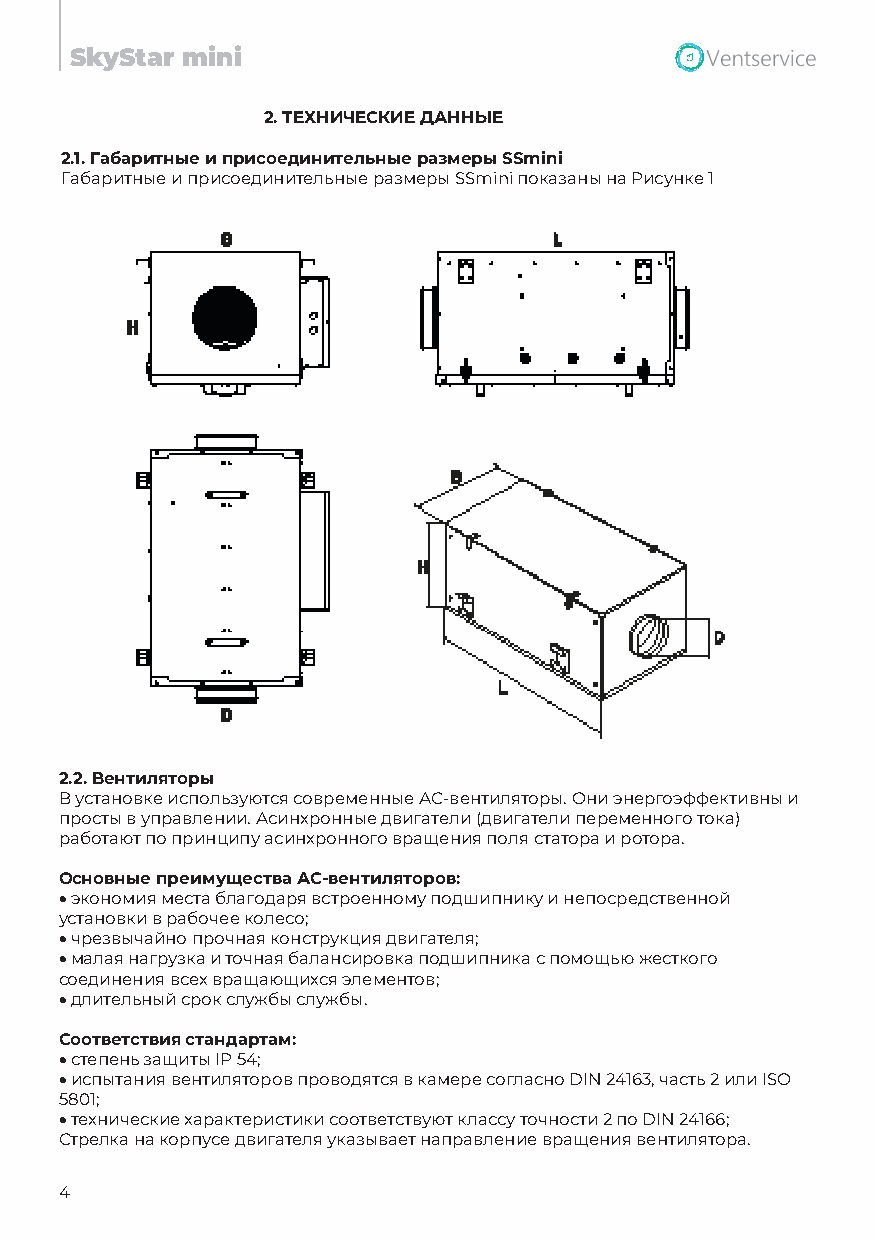
SkyStar mini
 2.ТЕХНИЧЕСКИЕ ДАННЫЕ
 2.1. Габаритные и присоединительные размеры SSmini
 Габаритные и присоединительные размеры SSmini показаны на Рисунке 1
 2.2. Вентиляторы
 В установке используются современные АС-вентиляторы. Они энергоэффективны и
 просты в управлении. Асинхронные двигатели (двигатели переменного тока)
 работают по принципу асинхронного вращения поля статора и ротора.
 Основные преимущества АС-вентиляторов:
 •экономия места благодаря встроенному подшипнику и непосредственной
 установки в рабочее колесо;
 •чрезвычайно прочная конструкция двигателя;
 •малая нагрузка и точная балансировка подшипника с помощью жесткого
 соединения всех вращающихся элементов;
 •длительный срок службы службы.
 Соответствия стандартам:
 •степень защиты IP 54;
 •испытания вентиляторов проводятся в камере согласно DIN 24163, часть 2 или ISO
 5801;
 •технические характеристики соответствуют классу точности 2 по DIN 24166;
 Стрелка на корпусе двигателя указывает направление вращения вентилятора.
 4